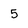
Character: 5